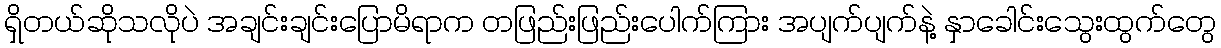
ရှိတယ်ဆိုသလိုပဲ အချင်းချင်းပြောမိရာက တဖြည်းဖြည်းပေါက်ကြား အပျက်ပျက်နဲ့ နှာခေါင်းသွေးထွက်တွေ